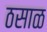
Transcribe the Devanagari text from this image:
ठसाळ